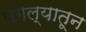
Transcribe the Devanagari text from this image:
बंगल्यातून